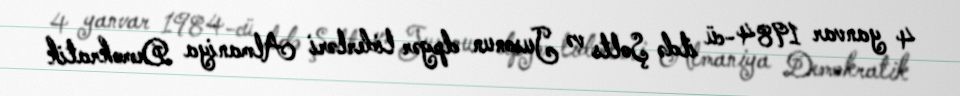
4 yanvar 1984-cü ildə Şolts və Jusonun dpgər liderləri Almaniya Demokratik